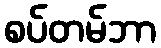
စပ်တမ်ဘာ